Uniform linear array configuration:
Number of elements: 24
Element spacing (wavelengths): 0.5
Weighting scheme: binomial
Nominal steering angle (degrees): -30
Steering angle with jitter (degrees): -29.285
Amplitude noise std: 0.05
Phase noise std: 0.05

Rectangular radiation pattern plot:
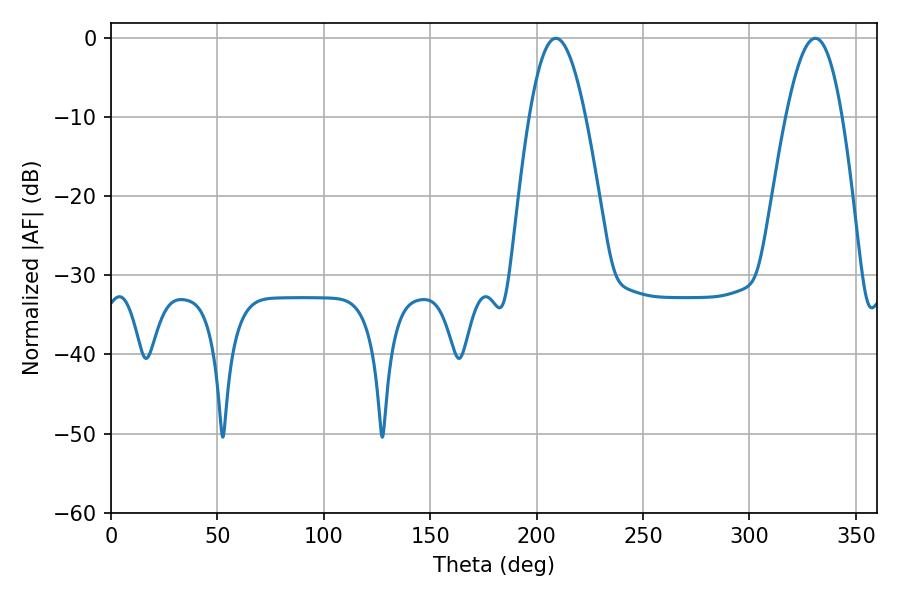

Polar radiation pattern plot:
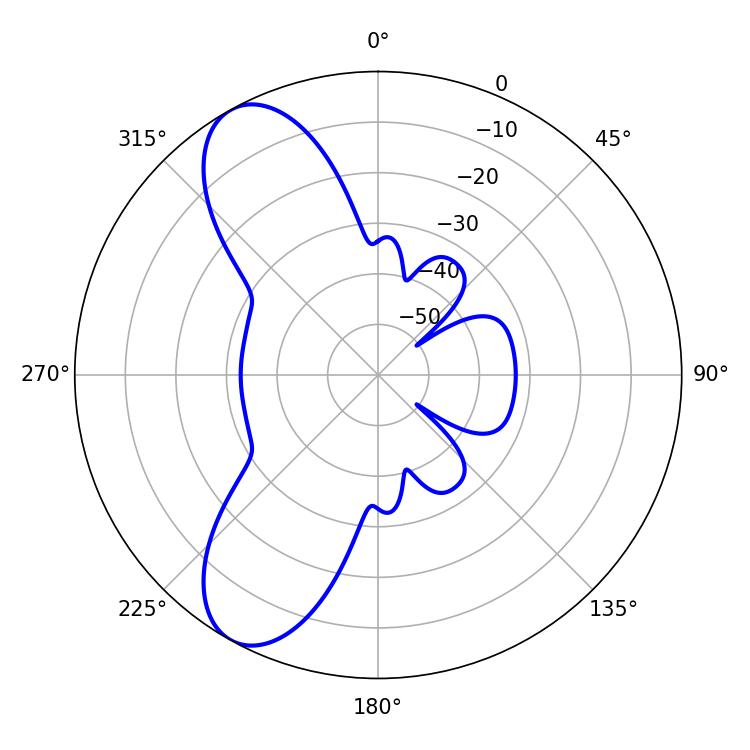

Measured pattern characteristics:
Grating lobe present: FALSE
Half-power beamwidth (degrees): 14.22
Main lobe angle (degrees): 208.98